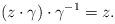
LaTeX: \begin{align*}(z \cdot \gamma) \cdot \gamma^{-1} = z.\end{align*}